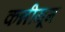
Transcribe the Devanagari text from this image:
कन्नीयूम